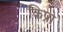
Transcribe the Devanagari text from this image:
किप्रो